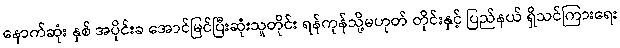
နောက်ဆုံး နှစ် အပိုင်းခ အောင်မြင်ပြီးဆုံးသူတိုင်း ရန်ကုန်သို့မဟုတ် တိုင်းနှင့် ပြည်နယ် ရှိသင်ကြားရေး